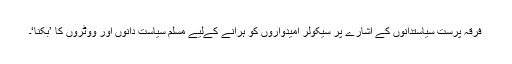
فرقہ پرست سیاستدانوں کے اشارے پر سیکولر امیدواروں کو ہرانے کےلیے مسلم سیاست دانوں اور ووٹروں کا ’بکنا‘۔